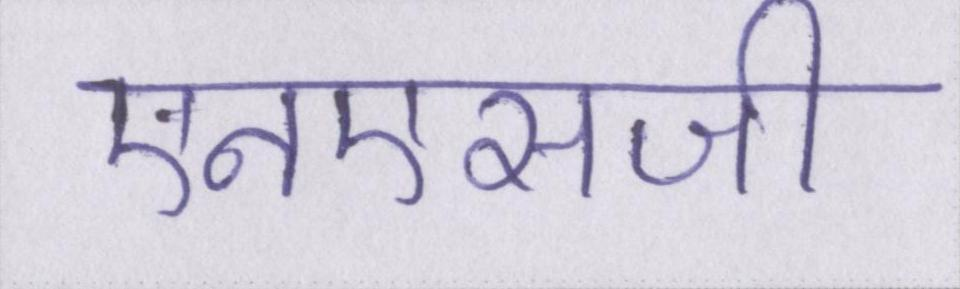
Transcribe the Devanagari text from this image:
एनएसजी